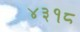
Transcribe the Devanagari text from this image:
४३१८